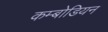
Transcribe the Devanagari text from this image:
कम्बोडियन